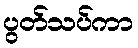
ပွတ်သပ်ကာ